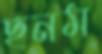
ছনম